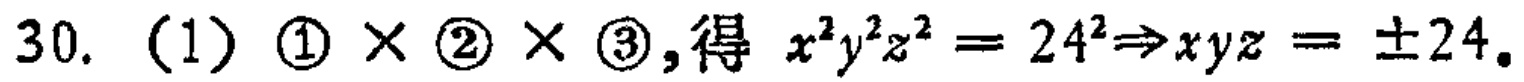
30. (1) \textcircled{1}×\textcircled{2}×\textcircled{3},得 \(x^{2}y^{2}z^{2}=24^{2}\Rightarrow xyz = \pm24\)。